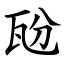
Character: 瓰